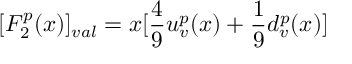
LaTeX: [ F _ { 2 } ^ { p } ( x ) ] _ { v a l } = x [ { \frac { 4 } { 9 } } u _ { v } ^ { p } ( x ) + { \frac { 1 } { 9 } } d _ { v } ^ { p } ( x ) ]